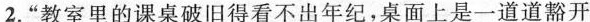
2.“”教室里的课桌破旧得看不出年纪，桌面上是一道道豁开